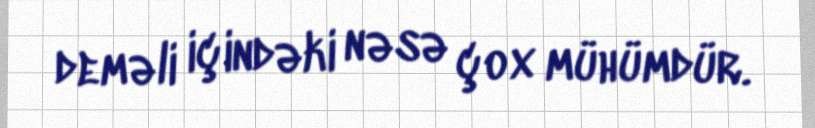
deməli içindəki nəsə çox mühümdür.